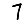
Digit: 7